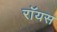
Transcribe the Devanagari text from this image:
राॅयस